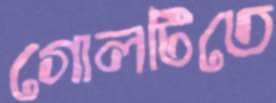
গোলটিতে